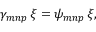
\gamma _ { m n p } \, \xi = \psi _ { m n p } \, \xi ,